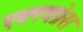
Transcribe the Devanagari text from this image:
एक्स्त्रप्रेस